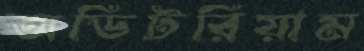
অডিটরিয়াম